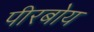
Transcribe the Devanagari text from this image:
पीरबोय